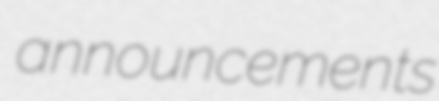
announcements